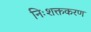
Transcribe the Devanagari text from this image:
निःशक्तकरण